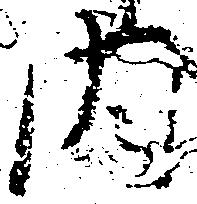
内